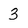
Character: 3